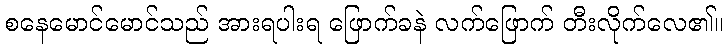
စနေမောင်မောင်သည် အားရပါးရ ဖြောက်ခနဲ လက်ဖြောက် တီးလိုက်လေ၏။